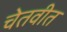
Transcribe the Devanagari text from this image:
चेतवीत